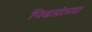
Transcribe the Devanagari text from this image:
पिढय़ांच्या